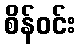
စိန်ဝင်း